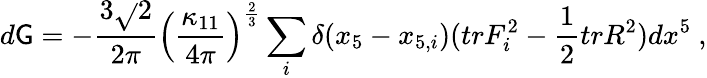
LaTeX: d\mathsf{G}=-{\frac{{3\sqrt{}{2}}}{{2\pi}}}\left(\frac{{\kappa_{11}}}{{4\pi}}\right)^{\frac{{2}}{{3}}}\sum_{i}\delta(x_{5}-x_{5,i})(trF_{i}^{2}-{\frac{{1}}{{2}}}trR^{2})dx^{5}\ ,